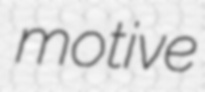
motive